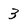
Character: 3